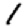
Digit: 1